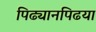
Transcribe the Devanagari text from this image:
पिढ्यानपिढया